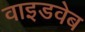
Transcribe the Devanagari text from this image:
वाइडवेब